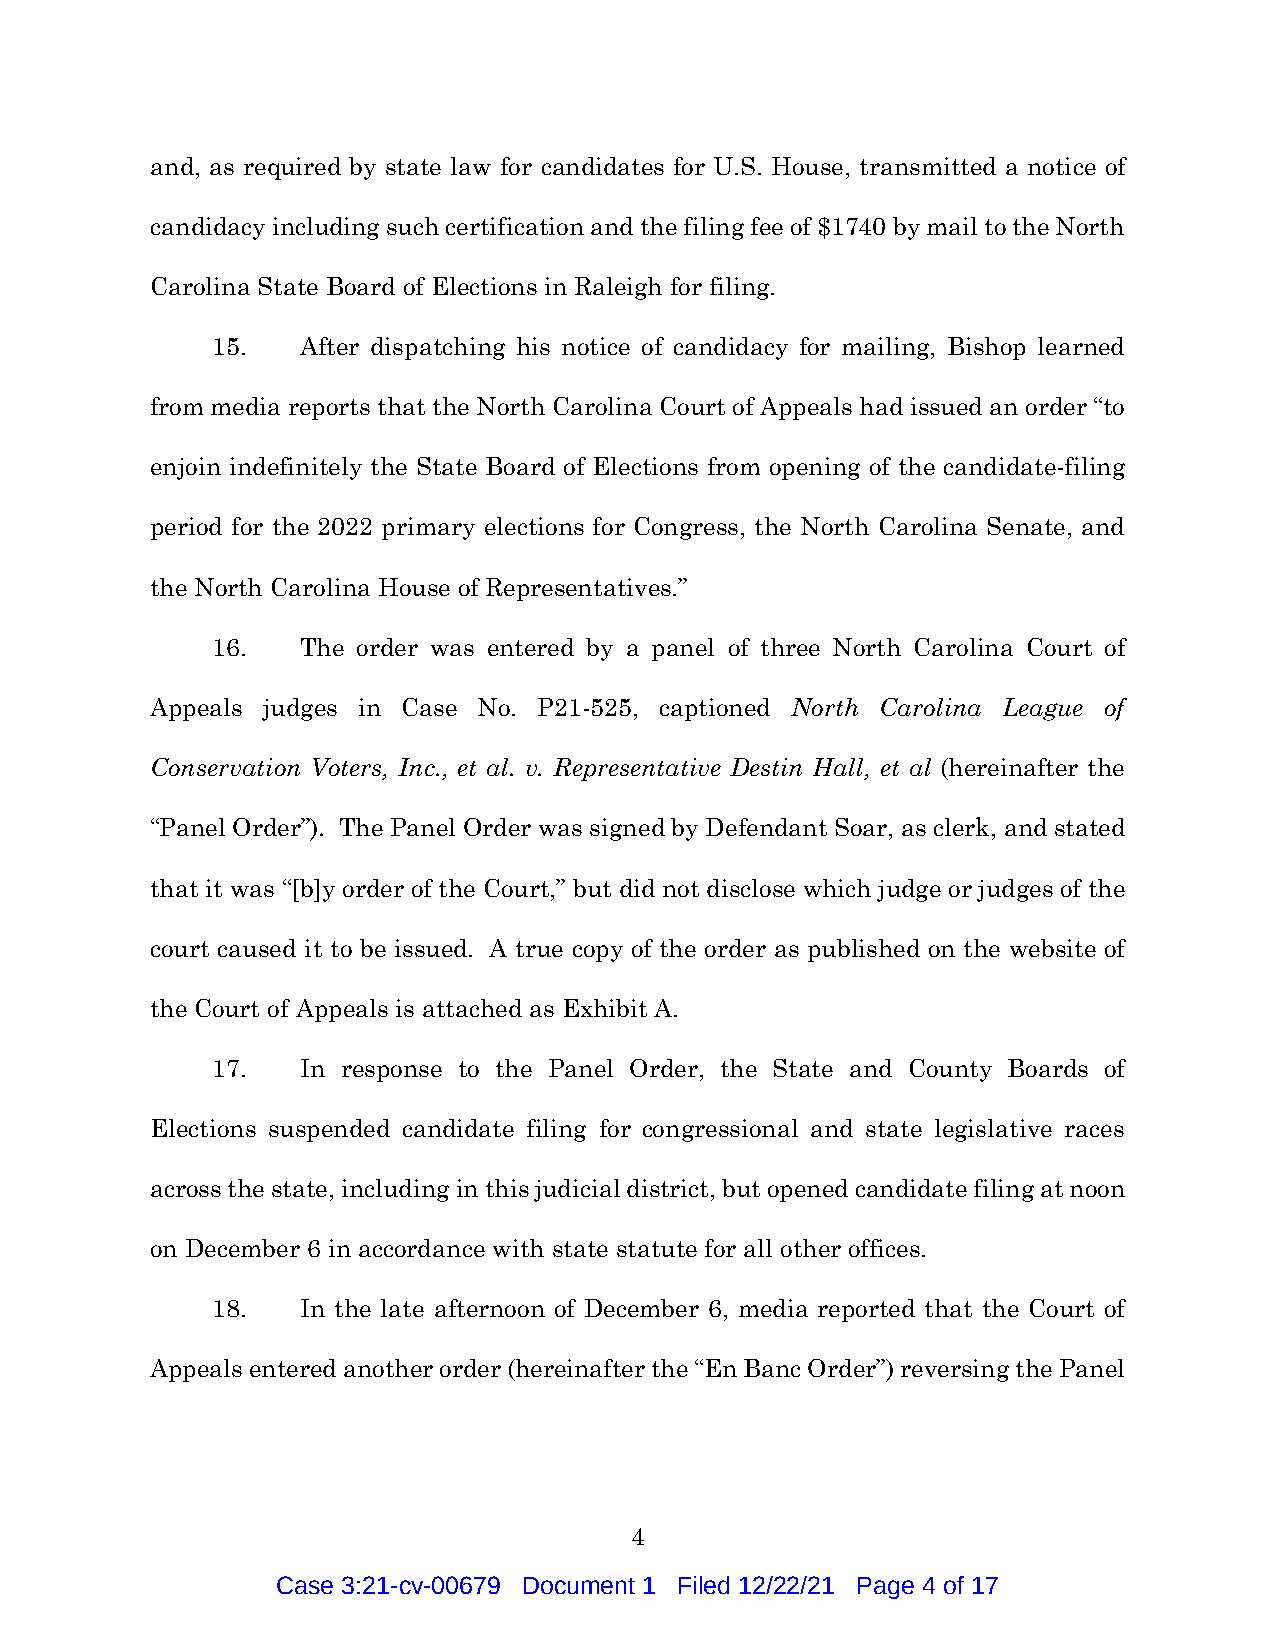
and, as required by state law for candidates for U.S. House, transmitted a notice of
 candidacy including such certification and the filing fee of $1740 by mail to the North
 Carolina State Board of Elections in Raleigh for filing.
 15.   After dispatching his notice of candidacy for mailing, Bishop learned
 from media reports that the North Carolina Court of Appeals had issued an order “to
 enjoin indefinitely the State Board of Elections from opening of the candidate-filing
 period for the 2022 primary elections for Congress, the North Carolina Senate, and
 the North Carolina House of Representatives.”
 16.   The order was entered by a panel of three North Carolina Court of
 Appeals judges in Case No. P21-525, captioned North Carolina League of
 Conservation Voters, Inc., et al. v. Representative Destin Hall, et al (hereinafter the
 “Panel Order”). The Panel Order was signed by Defendant Soar, as clerk, and stated
 that it was “[b]y order of the Court,” but did not disclose which judge or judges of the
 court caused it to be issued. A true copy of the order as published on the website of
 the Court of Appeals is attached as Exhibit A.
 17.   In response to the Panel Order, the State and County Boards of
 Elections suspended candidate filing for congressional and state legislative races
 across the state, including in this judicial district, but opened candidate filing at noon
 on December 6 in accordance with state statute for all other offices.
 18.   In the late afternoon of December 6, media reported that the Court of
 Appeals entered another order (hereinafter the “En Banc Order”) reversing the Panel
 4
 Case 3:21-cv-00679 Document 1 Filed 12/22/21 Page 4 of 17